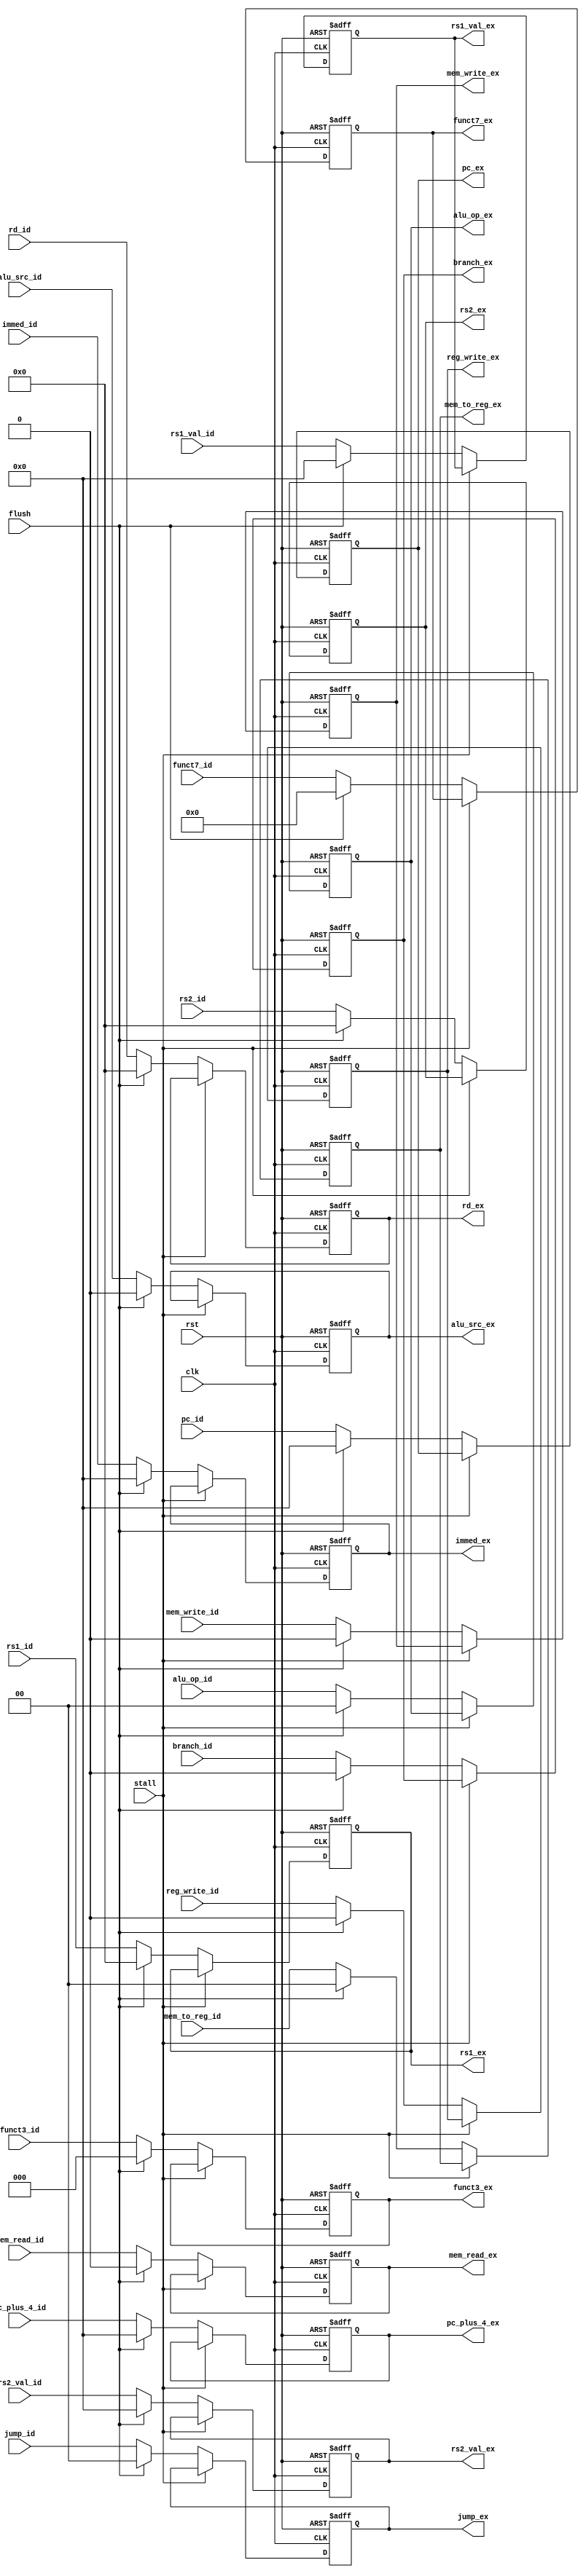
`timescale 1ns / 1ps

module ID_EX_REG (
    input wire clk,
    input wire rst,
    input wire stall,
    input wire flush,

    input  wire [31:0] pc_id,
    input  wire [31:0] pc_plus_4_id,
    output wire [31:0] pc_ex,
    output wire [31:0] pc_plus_4_ex,

    /**
    * New data in this stage
    */
    input  wire [31:0] immed_id,
    input  wire [ 4:0] rs1_id,
    input  wire [ 4:0] rs2_id,
    input  wire [ 4:0] rd_id,
    input  wire [31:0] rs1_val_id,
    input  wire [31:0] rs2_val_id,
    input  wire [ 2:0] funct3_id,
    input  wire [ 6:0] funct7_id,
    output wire [31:0] immed_ex,
    output wire [ 4:0] rs1_ex,
    output wire [ 4:0] rs2_ex,
    output wire [ 4:0] rd_ex,
    output wire [31:0] rs1_val_ex,
    output wire [31:0] rs2_val_ex,
    output wire [ 2:0] funct3_ex,
    output wire [ 6:0] funct7_ex,

    /**
    * Control signals
    */
    input alu_src_id,
    input [1:0] mem_to_reg_id,
    input reg_write_id,
    input mem_write_id,
    input mem_read_id,
    input branch_id,
    input [1:0] jump_id,
    input [1:0] alu_op_id,
    output alu_src_ex,
    output [1:0] mem_to_reg_ex,
    output reg_write_ex,
    output mem_write_ex,
    output mem_read_ex,
    output branch_ex,
    output [1:0] jump_ex,
    output [1:0] alu_op_ex
);


  // Registers
  reg [31:0] pc_ex_reg;
  reg [31:0] pc_plus_4_ex_reg;
  reg [31:0] immed_ex_reg;
  reg [4:0] rs1_ex_reg;
  reg [4:0] rs2_ex_reg;
  reg [4:0] rd_ex_reg;
  reg [31:0] rs1_val_ex_reg;
  reg [31:0] rs2_val_ex_reg;
  reg [2:0] funct3_ex_reg;
  reg [6:0] funct7_ex_reg;
  reg alu_src_ex_reg;
  reg [1:0] mem_to_reg_ex_reg;
  reg reg_write_ex_reg;
  reg mem_write_ex_reg;
  reg mem_read_ex_reg;
  reg branch_ex_reg;
  reg [1:0] jump_ex_reg;
  reg [1:0] alu_op_ex_reg;

  always @(posedge clk or posedge rst) begin
    if (rst) begin
      pc_ex_reg <= 32'b0;
      pc_plus_4_ex_reg <= 32'b0;
      immed_ex_reg <= 32'b0;
      rs1_ex_reg <= 5'b0;
      rs2_ex_reg <= 5'b0;
      rd_ex_reg <= 5'b0;
      rs1_val_ex_reg <= 32'b0;
      rs2_val_ex_reg <= 32'b0;
      funct3_ex_reg <= 3'b0;
      funct7_ex_reg <= 7'b0;
      alu_src_ex_reg <= 1'b0;
      mem_to_reg_ex_reg <= 2'b0;
      reg_write_ex_reg <= 1'b0;
      mem_write_ex_reg <= 1'b0;
      mem_read_ex_reg <= 1'b0;
      branch_ex_reg <= 1'b0;
      jump_ex_reg <= 2'b0;
      alu_op_ex_reg <= 2'b0;
    end else if (stall) begin
      // Do nothing
    end else if (flush) begin
      pc_ex_reg <= 32'b0;
      pc_plus_4_ex_reg <= 32'b0;
      immed_ex_reg <= 32'b0;
      rs1_ex_reg <= 5'b0;
      rs2_ex_reg <= 5'b0;
      rd_ex_reg <= 5'b0;
      rs1_val_ex_reg <= 32'b0;
      rs2_val_ex_reg <= 32'b0;
      funct3_ex_reg <= 3'b0;
      funct7_ex_reg <= 7'b0;
      alu_src_ex_reg <= 1'b0;
      mem_to_reg_ex_reg <= 2'b0;
      reg_write_ex_reg <= 1'b0;
      mem_write_ex_reg <= 1'b0;
      mem_read_ex_reg <= 1'b0;
      branch_ex_reg <= 1'b0;
      jump_ex_reg <= 2'b0;
      alu_op_ex_reg <= 2'b0;
    end else begin
      pc_ex_reg <= pc_id;
      pc_plus_4_ex_reg <= pc_plus_4_id;
      immed_ex_reg <= immed_id;
      rs1_ex_reg <= rs1_id;
      rs2_ex_reg <= rs2_id;
      rd_ex_reg <= rd_id;
      rs1_val_ex_reg <= rs1_val_id;
      rs2_val_ex_reg <= rs2_val_id;
      funct3_ex_reg <= funct3_id;
      funct7_ex_reg <= funct7_id;
      alu_src_ex_reg <= alu_src_id;
      mem_to_reg_ex_reg <= mem_to_reg_id;
      reg_write_ex_reg <= reg_write_id;
      mem_write_ex_reg <= mem_write_id;
      mem_read_ex_reg <= mem_read_id;
      branch_ex_reg <= branch_id;
      jump_ex_reg <= jump_id;
      alu_op_ex_reg <= alu_op_id;
    end
  end

  assign pc_ex = pc_ex_reg;
  assign pc_plus_4_ex = pc_plus_4_ex_reg;
  assign immed_ex = immed_ex_reg;
  assign rs1_ex = rs1_ex_reg;
  assign rs2_ex = rs2_ex_reg;
  assign rd_ex = rd_ex_reg;
  assign rs1_val_ex = rs1_val_ex_reg;
  assign rs2_val_ex = rs2_val_ex_reg;
  assign funct3_ex = funct3_ex_reg;
  assign funct7_ex = funct7_ex_reg;
  assign alu_src_ex = alu_src_ex_reg;
  assign mem_to_reg_ex = mem_to_reg_ex_reg;
  assign reg_write_ex = reg_write_ex_reg;
  assign mem_write_ex = mem_write_ex_reg;
  assign mem_read_ex = mem_read_ex_reg;
  assign branch_ex = branch_ex_reg;
  assign jump_ex = jump_ex_reg;
  assign alu_op_ex = alu_op_ex_reg;




endmodule